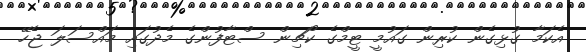
އެކަމާ ގުޅިގެން ކުރިން ގައުމީ ޓީމްގެ ކޯޗިން ސްޓާފުންގެ މެދުގައި މައްސަލަ ޖެހޭ